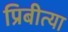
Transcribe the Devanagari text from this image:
प्रिबीत्या